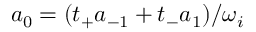
a _ { 0 } = ( t _ { + } a _ { - 1 } + t _ { - } a _ { 1 } ) / \omega _ { i }